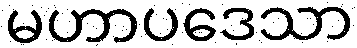
မဟာပဒေသာ